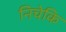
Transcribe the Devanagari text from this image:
निचेकि